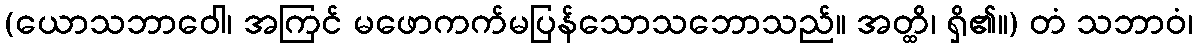
(ယောသဘာဝေါ၊ အကြင် မဖောကက်မပြန်သောသဘောသည်။ အတ္ထိ၊ ရှိ၏။) တံ သဘာဝံ၊